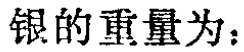
银的重量为：